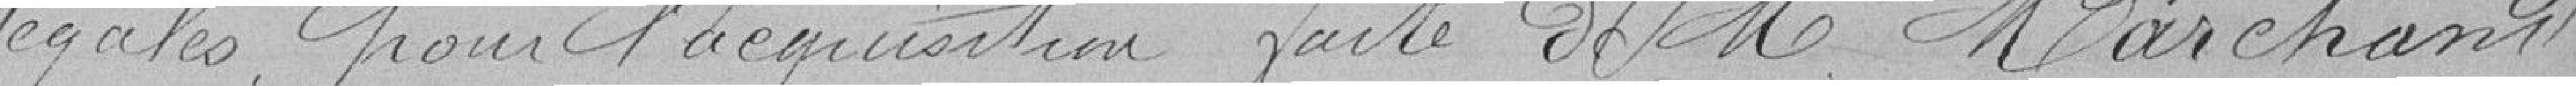
légales pour l'acquisition faite de Monsieur Marchand